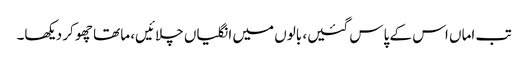
تب اماں اس کے پاس گئیں، بالوں میں انگلیاں چلائیں، ماتھا چھو کر دیکھا۔